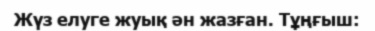
Жүз елуге жуық ән жазған. Тұңғыш: